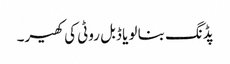
پڈنگ بنا لو یا ڈبل روٹی کی کھیر۔